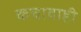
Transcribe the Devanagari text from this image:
कचावाही